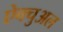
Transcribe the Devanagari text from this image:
ऐक्चुअल